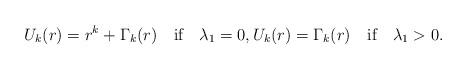
LaTeX: \begin{align*}U_k(r)=r^k+\Gamma_k(r)\quad\mbox{if}\quad\lambda_1=0,U_k(r)=\Gamma_k(r)\quad\mbox{if}\quad\lambda_1>0.\end{align*}